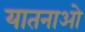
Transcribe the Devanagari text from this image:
यातनाओ